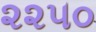
૨૨૫૦